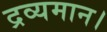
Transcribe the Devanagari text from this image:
द्रव्यमान।